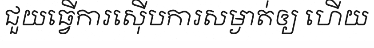
ជួយធ្វើការស៊ើបការសម្ងាត់ឲ្យ ហើយ